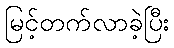
မြင့်တက်လာခဲ့ပြီး